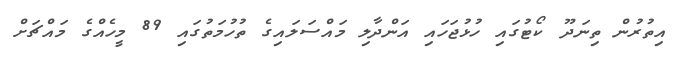
އިތުރުން ތިނަދޫ ކޯޓުގައި ހުޅުޖަހައި އަންދާލި މައްސަލައިގެ ތުހުމަތުގައި 89 މީހެއްގެ މައްޗަށް